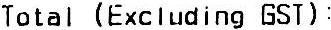
TOTAL (EXCLUDING GST) :